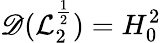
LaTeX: \mathscr{D}(\mathcal{{L}}_{2}^{\frac{{1}}{{2}}})=H_{0}^{2}